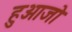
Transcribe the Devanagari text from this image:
हुआजो